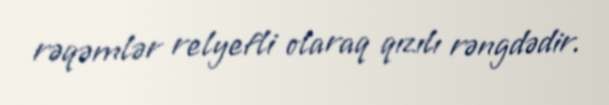
rəqəmlər relyefli olaraq qızılı rəngdədir.